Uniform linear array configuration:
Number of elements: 8
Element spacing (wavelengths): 0.25
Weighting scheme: kaiser
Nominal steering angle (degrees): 45
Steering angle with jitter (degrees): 44.155
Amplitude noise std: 0.05
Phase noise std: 0.05

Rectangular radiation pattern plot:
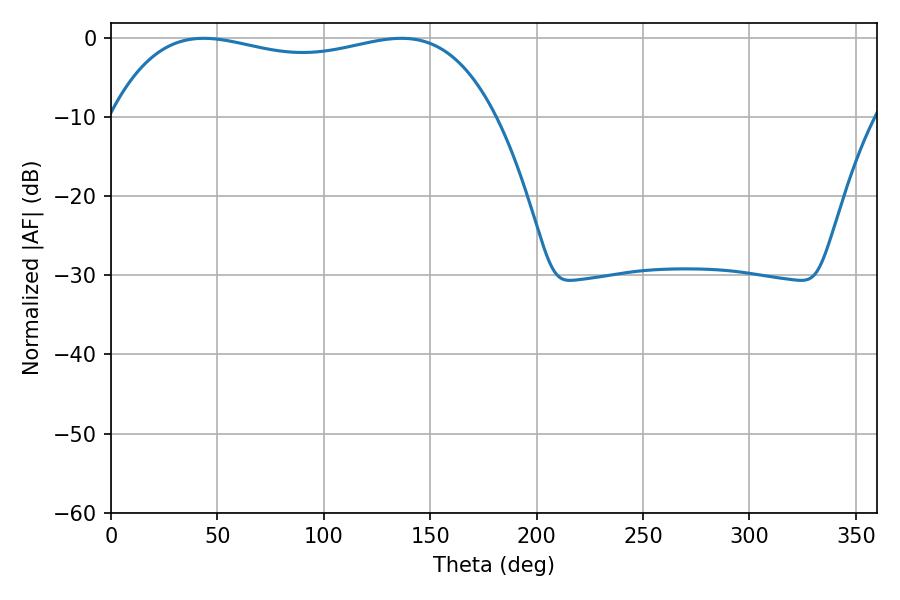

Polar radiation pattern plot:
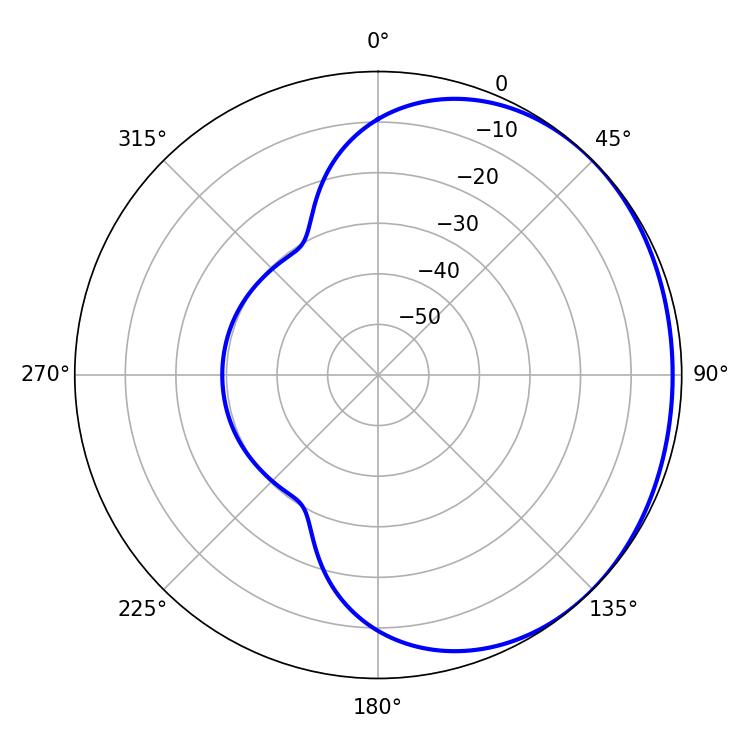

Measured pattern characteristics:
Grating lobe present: FALSE
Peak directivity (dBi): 1.003
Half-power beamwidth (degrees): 146.52
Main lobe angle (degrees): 43.56